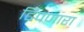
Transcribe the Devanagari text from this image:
टिपणारा